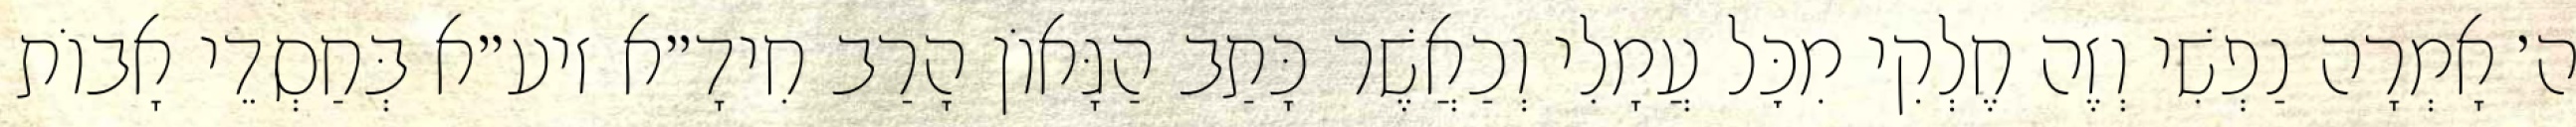
ה׳ אָמְרָה נַפְשִׁי וְזֶה חֶלְקִי מִכׇּל עֲמָלִי וְכַאֲשֶׁר כָּתַב הַגָּאוֹן הָרַב חִידָ״א זיע״א בְּחַסְדֵי אָבוֹת